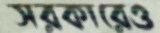
সরকারেও